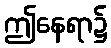
ဤနေရာ၌